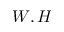
W , H